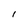
Character: 1